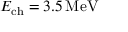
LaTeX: E _ { \mathrm { c h } } = 3 . 5 \, \mathrm { M e V }